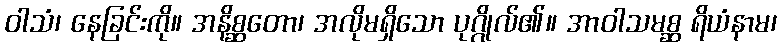
ဝါသံ၊ နေခြင်းကို။ အနိစ္ဆတော၊ အလိုမရှိသော ပုဂ္ဂိုလ်၏။ အာဝါသမစ္ဆ ရိယံနာမ၊